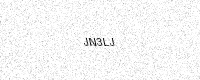
Text: JN3LJ